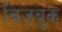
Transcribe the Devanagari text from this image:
विज़बुक